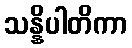
သန္နိပါတိကာ